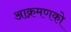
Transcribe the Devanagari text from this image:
आक्रमणको